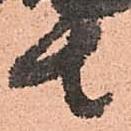
者